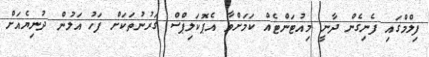
ފިލްމްގައި ފެނިގެން ދާނީ މިއުޓަންޓެއް ކަމަށްވާ އެޕޮކަލިޕްސް ގަރުނުތަކަށް ފަހު އަލުން ދުނިޔެއަށް